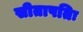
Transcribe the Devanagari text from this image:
सीतापतिः